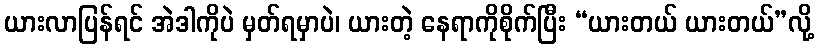
ယားလာပြန်ရင် အဲဒါကိုပဲ မှတ်ရမှာပဲ၊ ယားတဲ့ နေရာကိုစိုက်ပြီး “ယားတယ် ယားတယ်”လို့